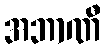
အဘာဏီ